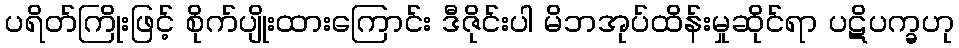
ပရိတ်ကြိုးဖြင့် စိုက်ပျိုးထားကြောင်း ဒီဇိုင်းပါ မိဘအုပ်ထိန်းမှုဆိုင်ရာ ပဋိပက္ခဟု